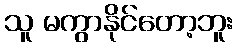
သူ မကွာနိုင်တော့ဘူး